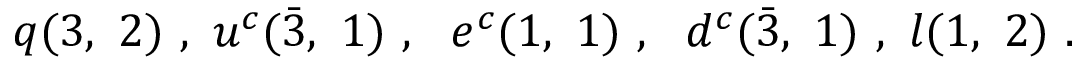
q ( 3 , ~ 2 ) ~ , ~ u ^ { c } ( \bar { 3 } , ~ 1 ) ~ , ~ ~ e ^ { c } ( 1 , ~ 1 ) ~ , ~ ~ d ^ { c } ( \bar { 3 } , ~ 1 ) ~ , ~ l ( 1 , ~ 2 ) ~ .